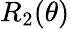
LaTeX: R_{2}(\theta)